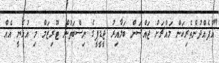
"އުފެއްދުންތެރިކަން މައްޗަށް ޖައްސަން ބަލާއިރު ޖީޑީޕީގެ ނިސްބަތުން ޓޫރިޒަމް މި އުޅެނީ އެއް